Lunatic asylums Burma 1907-21 - 1907-1921
Year: 1907
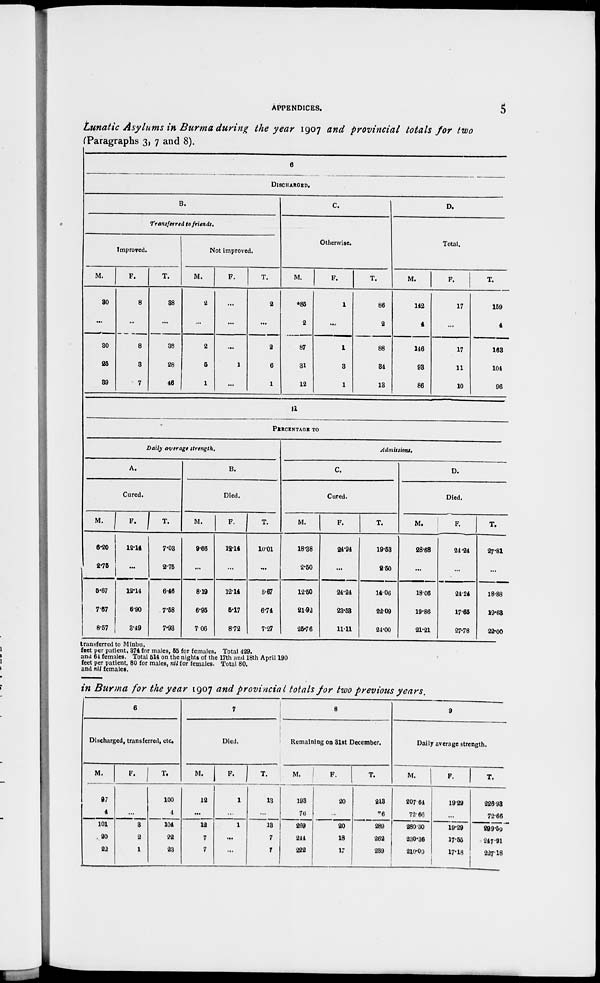
APPENDICES.
5
Lunatic Asylums in Burma during the year 1907 and provincial totals for two
(Paragraphs 3, 7 and 8).
6
DISCHARGED.
B.
Transferred to friends.
Improved.
M.
30
...
30
25
39
F.
8
...
8
3
7
T.
38
...
38
28
46
Not improved.
M.
2
...
2
5
1
F.
...
...
..
1
...
T.
2
...
2
6
1
C.
Otherwise.
M.
*85
2
87
31
12
F.
1
...
1
3
1
T.
86
2
88
34
13
D.
Total.
M.
142
4
146
93
86
F.
17
...
17
11
10
T.
159
4
163
104
96
11
PERCENTAGE TO
Daily average strength.
A.
Cured.
M.
6.20
2.75
5.67
7.57
8.57
F.
12.14
...
12.14
6.90
3.49
T.
7.03
2.75
6.46
7.58
7.93
B.
Died.
M.
9.66
...
8.19
6.95
7.06
F.
12.14
...
12.14
5.17
8.72
T.
10.01
...
8.67
6.71
7.27
Admissions.
C.
Cured.
M.
18.38
2.50
12.50
21.92
25.76
F.
24.24
...
24.24
23.53
11.11
T.
19.53
2.50
14.06
22.09
24.00
D.
Died.
M.
28.68
...
18.06
19.86
21.21
F.
24.24
...
24.24
17.65
27.78
T.
27.81
...
18.88
19.63
22.00
transferred to Minbu.
feet per patient, 374 for males, 55 for females. Total 429.
and 64 females. Total 514 on the nights of the 17th and 18th April 190
feet per patient. 80 for males, nil for females. Total 80.
and nil females.
in Burma for the year 1907 and provincial totals for two previous years.
6
Discharged, transferred, etc.
M.
97
4
101
20
22
F.
3
...
3
2
1
T.
100
4
104
22
23
7
Died.
M.
12
...
12
7
7
F.
1
...
1
...
...
T.
13
...
13
7
7
8
Remaining on 31st December.
M.
193
76
269
244
222
F.
20
...
20
18
17
T.
213
76
289
262
239
9
Daily average strength.
M.
207.64
72.60
280.30
230.36
210.00
F.
19.29
...
19.29
17.55
17.18
T.
226.93
72.66
299.59
247.91
227.18